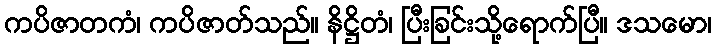
ကပိဇာတကံ၊ ကပိဇာတ်သည်။ နိဋ္ဌိတံ၊ ပြီးခြင်းသို့ရောက်ပြီ။ ဒသမော၊